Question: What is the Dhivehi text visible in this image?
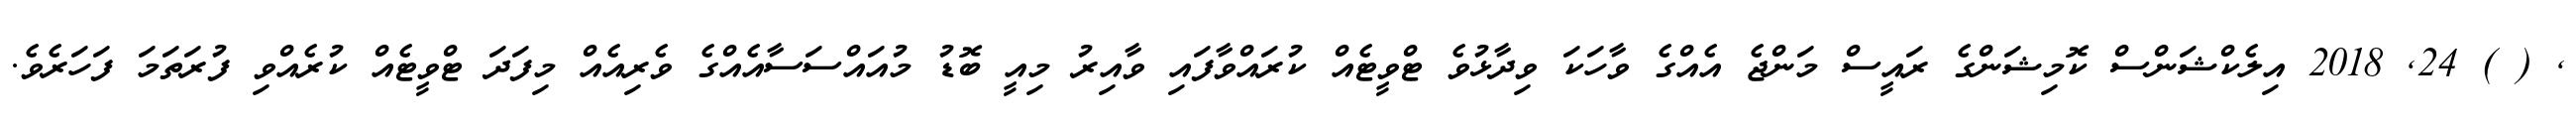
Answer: , ( ) 24, 2018 އިލެކްޝަންސް ކޮމިޝަންގެ ރައީސް މަންޖެ އެއްގެ ވާހަކަ ވިދާޅުވެ ޓްވީޓެއް ކުރައްވާފައި ވާއިރު މިއީ ބޮޑު މުއައްސަސާއެއްގެ ވެރިއެއް މިފަދަ ޓްވީޓެއް ކުރެއްވި ފުރަތަމަ ފަހަރެވެ.